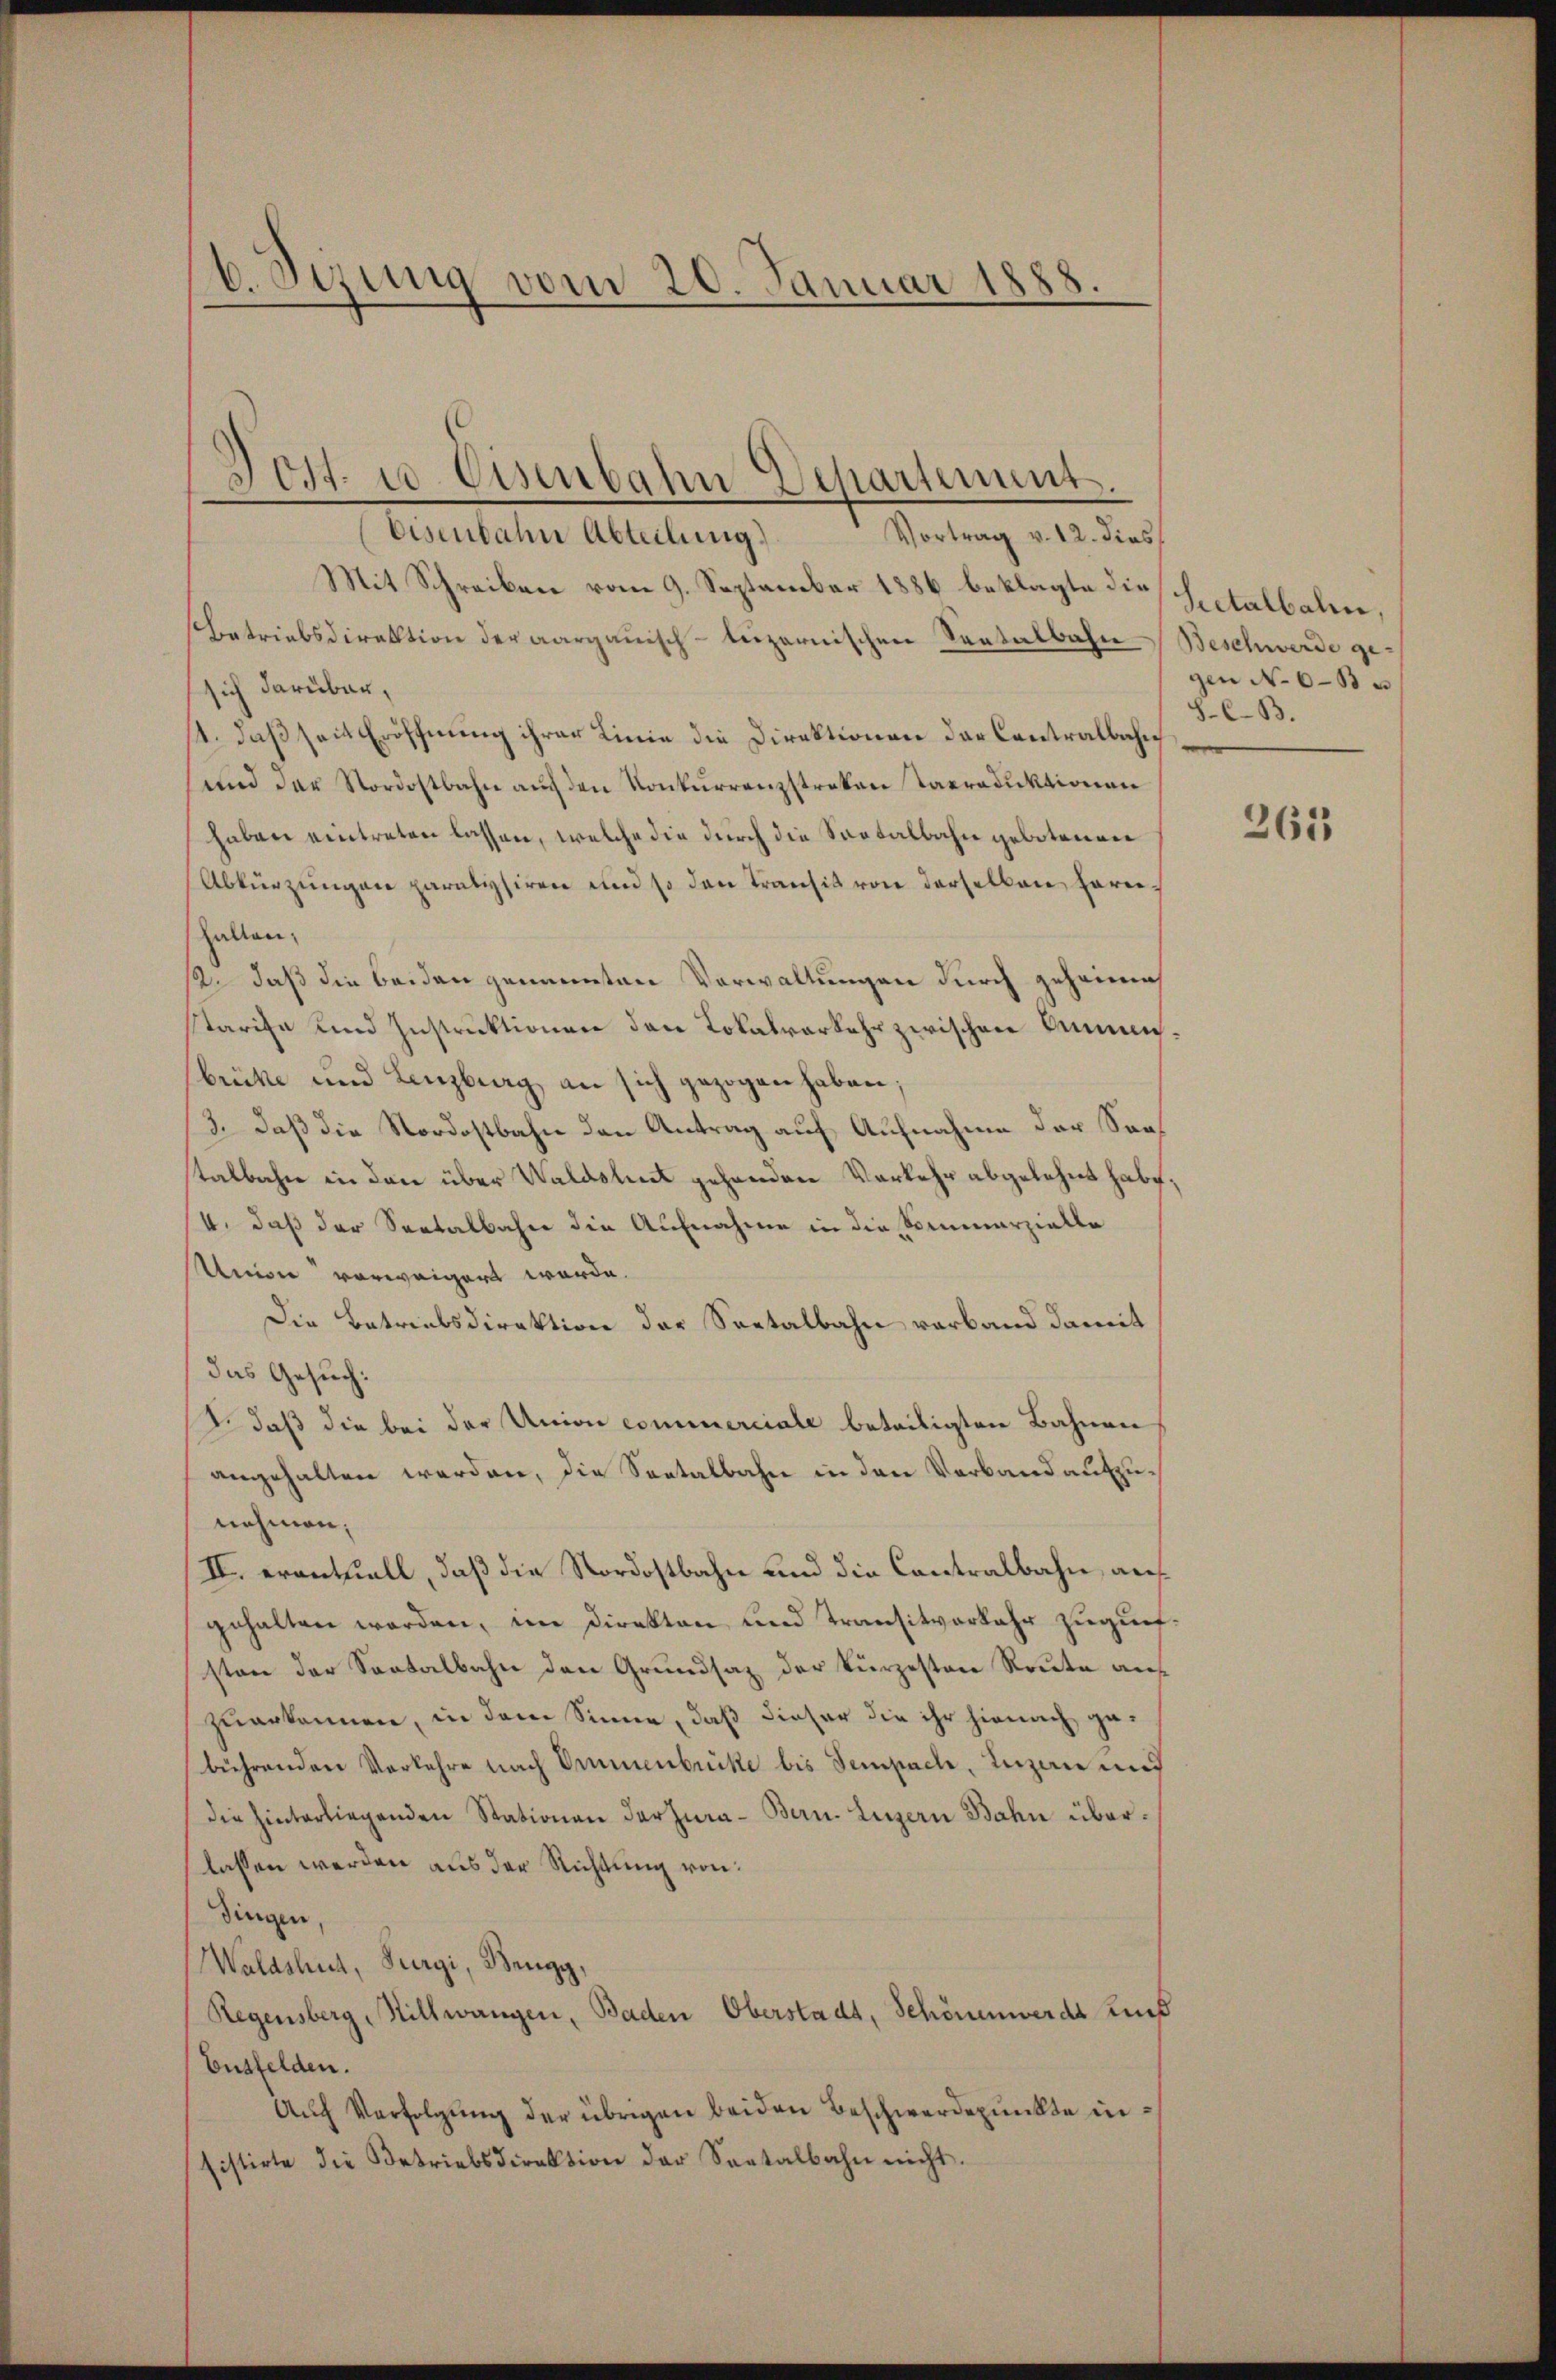
6. Sizung vom 20. Januar 1888.

Dert. 10. Eisenbahn Departement.
Eisenbahn Abteilung)
Vortrag v. 12. dies

Mit Schreiben vom 9. September 1886 beklagte diesertalbalen,
betriebsdirektion der aargauisch-luzernischen Seetalbahn Beschwerde gesich darüber,
1. daß seit Eröffnung ihrer Linie die Direktionen der Contralbahn
und der Nordostbahn auf den Konkurrenzstreken Taproduktionen
haben eintreten lassen, welche die durch die Saptalbahn gebotenen
Abkürzungen paratisiren und so den Transit von derselben harre
hallen,
12. daß die beiden genannten Verwaltungen durch geheimis
Tarife und Instruktionen den Lokalverkehr zwischen Kennbrücke und Lenzburg, an sich gezogen haben;
3. daß die Nordostbahn den Antrag auf Aufnahme der Saatalbahn in den über Waldshut gehenden Vorkehr abgelehnt habe;
/4. daß der Seetalbahn die Aufnahme in die Formerzielle
Union vorweigert werde.
Die Betriebsdirektion der Seetalbahn verband damit
das Gesuch:
. daß die bei der Union commerciale beteiligten Bahnen
angehalten werden, die Seetalbahn in den Verband aufzunehmen;
II. evantuall, daß die Nordostbahn und die Contralbahn, auf
gehalten worden, im Direkton und Transitverkehr zugunsten der Sontalbahn den Grundsaz der kürzesten Route auf
zuerkennen, in dem Sinne, daß dieser die ihr hienach gebührenden Vorkehre nach Ommenbrücke bis Sempach, Luzern mit
die hinterliegenden Stationen darzura- Bern. Luzern Bahn überlassen werden aus der Richtung von:
dingen,
Waldshut, Surgi, Brugg,
Regensberg-Nillwangen, Baden Oberstadt, Schönenwerde aus
Ensfelden.
Auch Verfolgung der übrigen beiden Beschwerdepunkte insistirte die Betriebsdirektion der Seetalbahn nicht.

gen No 63
8.C.B.

265